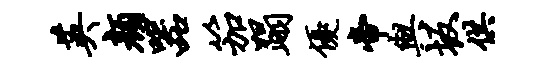
英颜器笳蹋优帝与坂供